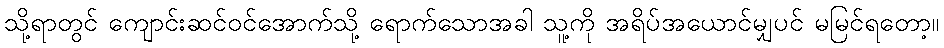
သို့ရာတွင် ကျောင်းဆင်ဝင်အောက်သို့ ရောက်သောအခါ သူ့ကို အရိပ်အယောင်မျှပင် မမြင်ရတော့။